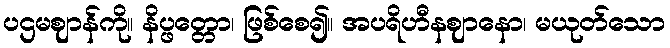
ပဌမဈာန်ကို။ နိပ္ဖတ္တော၊ ဖြစ်စေ၍။ အပရိဟီနဈာနော၊ မယုတ်သော